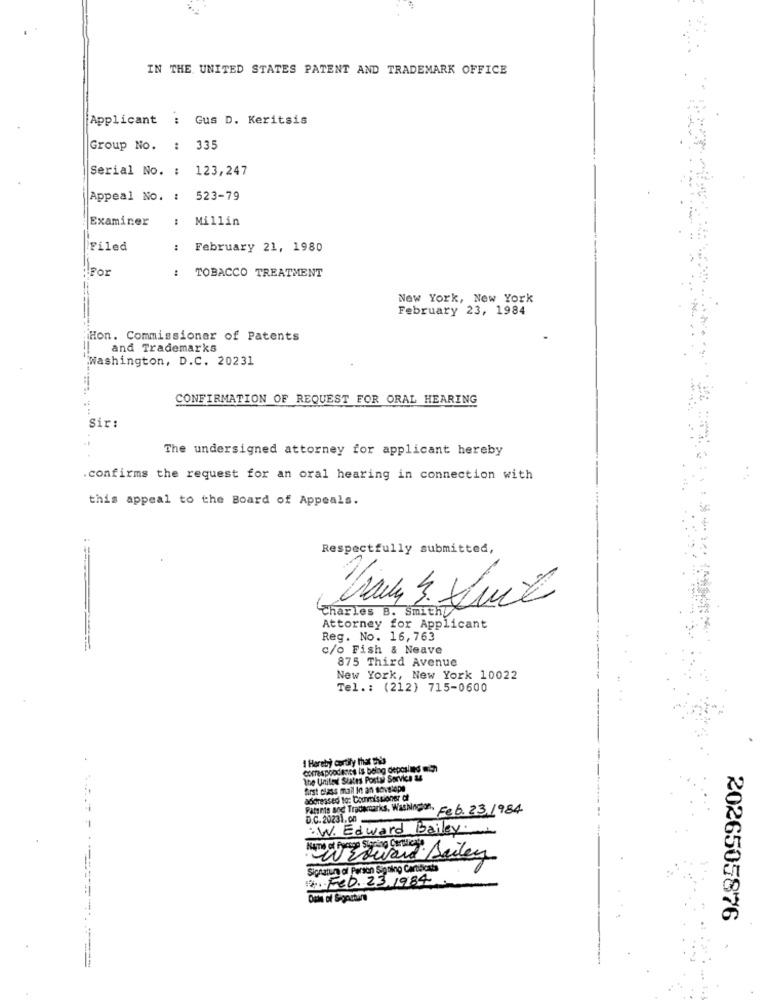
IN THE UNITED STATES PATENT AND TRADEMARK OFFICE
Applicant : Gus D. Keritsis
Group No. : 335
Serial No. : 123,247
Appeal No. : 523-79
Examiner
Millin
Filed
:
February 21, 1980
.For
:
TOBACCO TREATMENT
New York, New York
February 23, 1984
Hon. Commissioner of Patents
and Trademarks
Washington, D.C. 20231
CONFIRMATION OF REQUEST FOR ORAL HEARING
Sir:
The undersigned attorney for applicant hereby
. confirms the request for an oral hearing in connection with
this appeal to the Board of Appeals.
Respectfully submitted,
Charles B. Smithy
Attorney for Applicant
Reg. No. 16,763
c/o Fish & Neave
875 Third Avenue
New York, New York 10022
Tel .: (212) 715-0600
I Haraty) cortily that this
the United States Postal Service a4
first class mail In an envelope
addressed to: Courois sioner d
Patents and Trademarkcs, Washington, Fe6. 23.1984
D.C. 20231. on
:. W. Edward Bailey.
W toward Bailey
Signatur of Person Signing Certificate
1.Feb.23.1984
2026505876